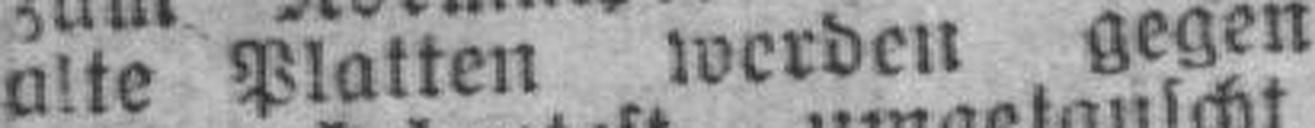
alte Platten werden gegen